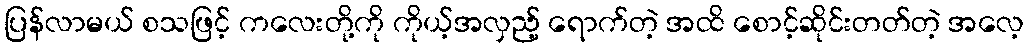
ပြန်လာမယ် စသဖြင့် ကလေးတို့ကို ကိုယ့်အလှည့် ရောက်တဲ့ အထိ စောင့်ဆိုင်းတတ်တဲ့ အလေ့